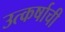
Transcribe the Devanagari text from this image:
उत्कर्षाची